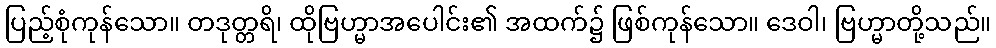
ပြည့်စုံကုန်သော။ တဒုတ္တရိ၊ ထိုဗြဟ္မာအပေါင်း၏ အထက်၌ ဖြစ်ကုန်သော။ ဒေဝါ၊ ဗြဟ္မာတို့သည်။